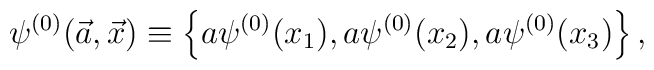
\psi^{(0)}(\vec{a},\vec{x}) \equiv\left\{ a\psi^{(0)}(x_1),a\psi^{(0)}(x_2), a\psi^{(0)}(x_3) \right\},